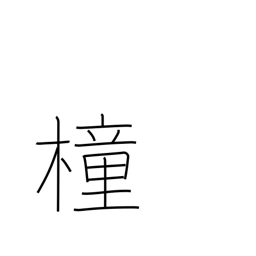
Meaning: pole